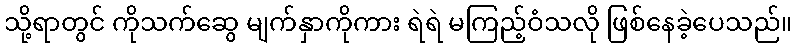
သို့ရာတွင် ကိုသက်ဆွေ မျက်နှာကိုကား ရဲရဲ မကြည့်ဝံသလို ဖြစ်နေခဲ့ပေသည်။